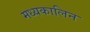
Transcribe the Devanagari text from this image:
मध्यकालिन